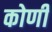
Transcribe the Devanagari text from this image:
कोणीं